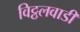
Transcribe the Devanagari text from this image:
विट्ठलवाडी